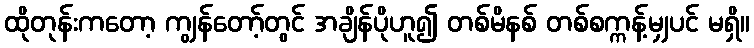
ထိုတုန်းကတော့ ကျွန်တော့်တွင် အချိန်ပိုဟူ၍ တစ်မိနစ် တစ်စက္ကန့်မျှပင် မရှိ။